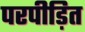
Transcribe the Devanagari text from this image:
परपीड़ित